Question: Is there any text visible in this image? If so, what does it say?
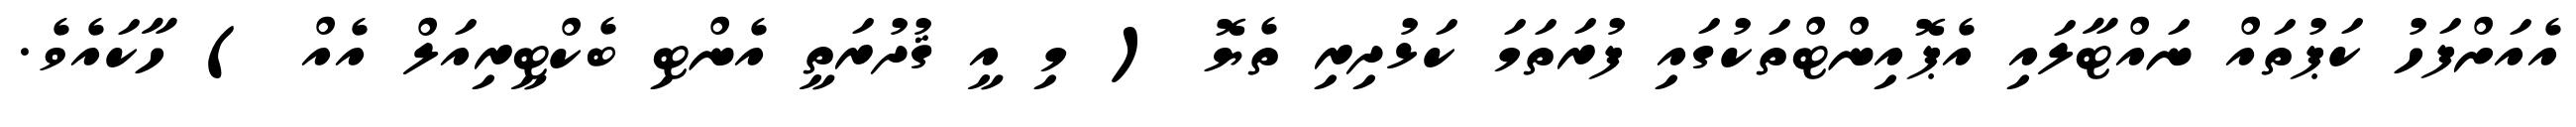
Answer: އެއަށްފަހު ކަޕުތައް ނައްޓާލައި އެޕޮއިންޓްތަކުގައި ފުރަތަމަ ކަޅުދިރި ތެޔޮ ( މި އީ ޤުދުރަތީ އެންޓި ބެކްޓީރިއަލް އެއް ) ހާކައެވެ.